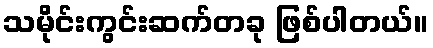
သမိုင်းကွင်းဆက်တခု ဖြစ်ပါတယ်။